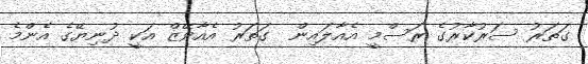
ގަތަރު ސަރުކާރުގެ ރަސްމީ އެއާލައިން  ގަތަރު އެއާވޭޒް އަކީ ދުނިޔޭގެ އެންމެ